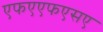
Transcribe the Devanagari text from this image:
एफएएफएसए